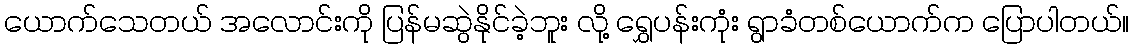
ယောက်သေတယ် အလောင်းကို ပြန်မဆွဲနိုင်ခဲ့ဘူး လို့ ရွှေပန်းကုံး ရွာခံတစ်ယောက်က ပြောပါတယ်။